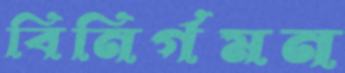
বিনির্গমন